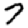
Digit: 7